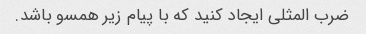
ضرب المثلی ایجاد کنید که با پیام زیر همسو باشد.